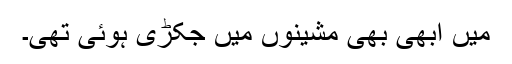
میں ابھی بھی مشینوں میں جکڑی ہوئی تھی۔